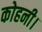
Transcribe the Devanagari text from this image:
कोहनी।